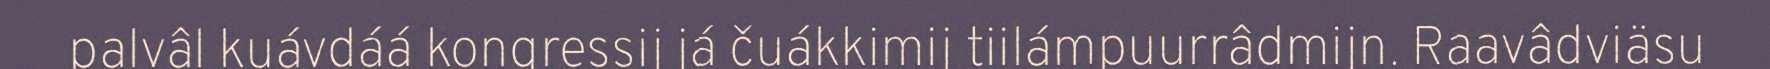
palvâl kuávdáá kongressij já čuákkimij tiilámpuurrâdmijn. Raavâdviäsu